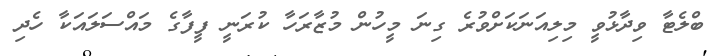
ބްލެޓާ ވިދާޅުވީ މިލިއަނަކަށްވުރެ ގިނަ މީހުން މުޒާރަހާ ކުރަނީ ފީފާގެ މައްސަލައަކާ ހެދި